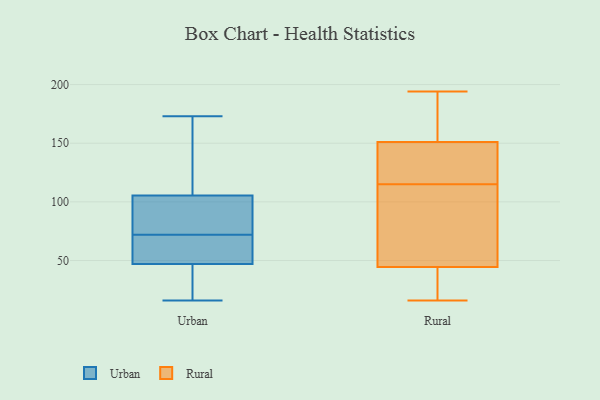
{"axis": {"x": "Headcount", "y": "Value"}, "legend": ["Rural", "Urban"], "data": [{"x": "", "y": 104, "type": "Urban"}, {"x": "", "y": 83, "type": "Urban"}, {"x": "", "y": 78, "type": "Urban"}, {"x": "", "y": 50, "type": "Urban"}, {"x": "", "y": 59, "type": "Urban"}, {"x": "", "y": 46, "type": "Urban"}, {"x": "", "y": 16, "type": "Urban"}, {"x": "", "y": 173, "type": "Urban"}, {"x": "", "y": 32, "type": "Urban"}, {"x": "", "y": 46, "type": "Urban"}, {"x": "", "y": 71, "type": "Urban"}, {"x": "", "y": 72, "type": "Urban"}, {"x": "", "y": 125, "type": "Urban"}, {"x": "", "y": 106, "type": "Urban"}, {"x": "", "y": 117, "type": "Urban"}, {"x": "", "y": 194, "type": "Rural"}, {"x": "", "y": 71, "type": "Rural"}, {"x": "", "y": 175, "type": "Rural"}, {"x": "", "y": 115, "type": "Rural"}, {"x": "", "y": 18, "type": "Rural"}, {"x": "", "y": 143, "type": "Rural"}, {"x": "", "y": 134, "type": "Rural"}, {"x": "", "y": 192, "type": "Rural"}, {"x": "", "y": 24, "type": "Rural"}, {"x": "", "y": 152, "type": "Rural"}, {"x": "", "y": 16, "type": "Rural"}, {"x": "", "y": 115, "type": "Rural"}, {"x": "", "y": 22, "type": "Rural"}, {"x": "", "y": 65, "type": "Rural"}, {"x": "", "y": 101, "type": "Rural"}, {"x": "", "y": 150, "type": "Rural"}]}